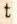
t